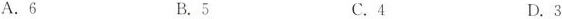
A.6 B.5 C.4 D.3